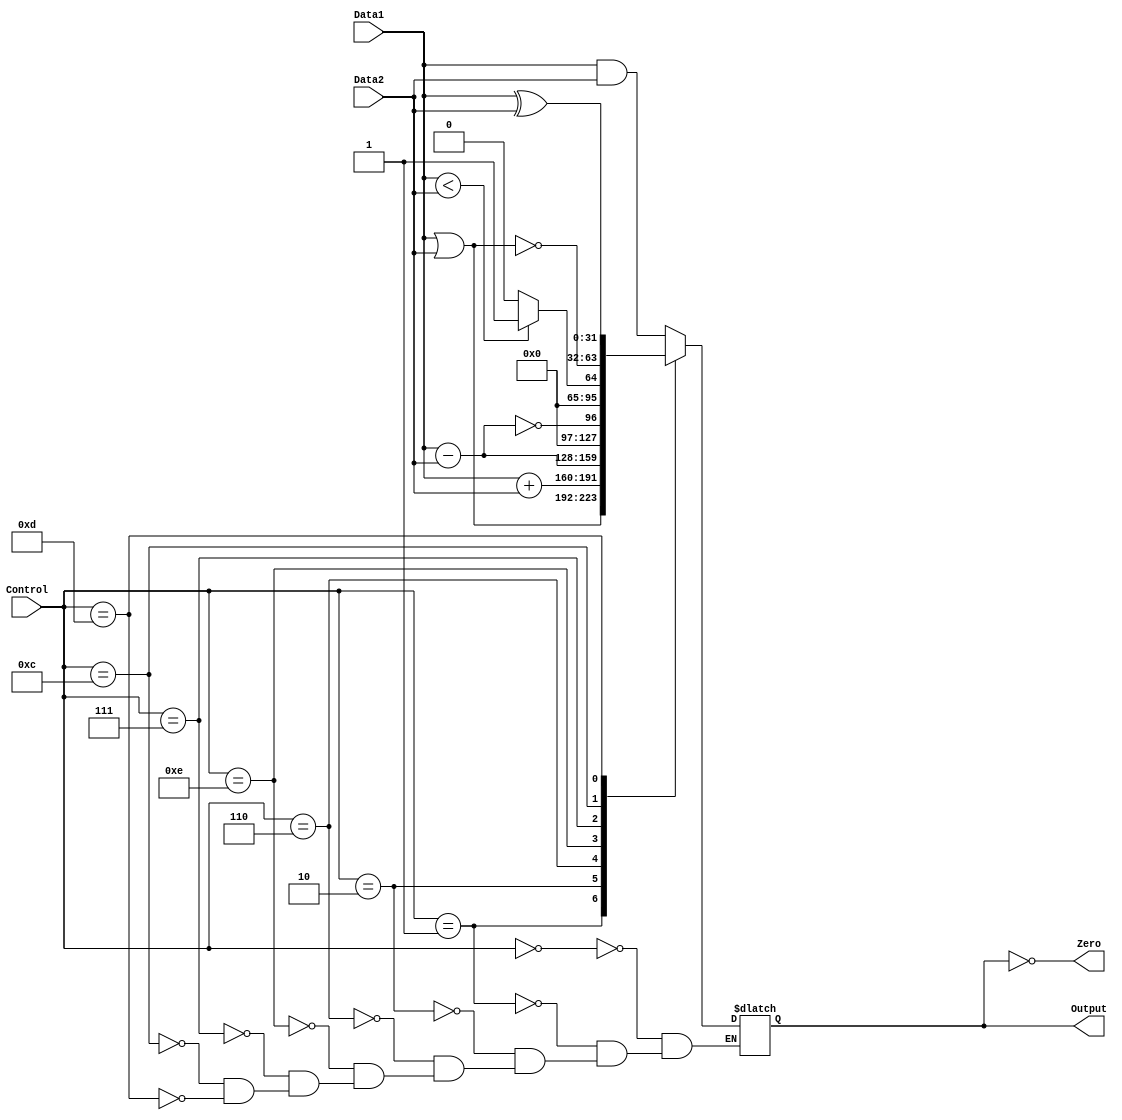
`timescale 1ns / 1ps
//////////////////////////////////////////////////////////////////////////////////
// Company: 
// Engineer: 
// 
// Design Name: 
// Module Name:    ULA 
// Project Name: 
// Target Devices: 
// Tool versions: 
// Description: 
//
// Dependencies: 
//
// Revision: 
// Revision 0.01 - File Created
// Additional Comments: 
//
//////////////////////////////////////////////////////////////////////////////////
module ULA(
    input [31:0] Data1,
    input [31:0] Data2,
    input [3:0] Control,
    output Zero,
    output reg[31:0] Output
    );
	 

reg Ovf;
wire Overflow;

assign Overflow = Ovf;
assign Zero = (0 == Output);

always @(Data1 or Data2 or Control)
	begin
		case(Control)
			'b0000: Output = Data1 & Data2;                  //and
			'b0001: Output = Data1 | Data2;                  //or
			'b0010: {Ovf, Output} = Data1 + Data2;           //add
			'b0110: {Ovf, Output} = Data1 - Data2;           //sub
			'b1110: Output = (Data1 - Data2) == 0;           //dif
			'b0111: Output = (Data1 < Data2)? 31'b1: 31'b0;  //slt
			'b1100: Output = ~(Data1 | Data2);               //nor
			'b1101: Output = Data1 ^ Data2;                  //xor
		endcase
	end

endmodule